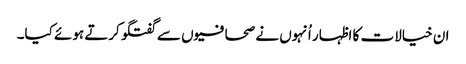
ان خیالات کا اظہار اُنہوں نے صحافیوں سے گفتگو کرتے ہوئے کیا۔